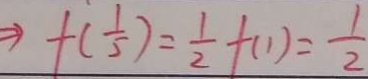
\Rightarrow f ( \frac { 1 } { 5 } ) = \frac { 1 } { 2 } f ( 1 ) = \frac { 1 } { 2 }